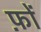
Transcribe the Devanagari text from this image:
फ़ों